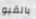
بالقبو